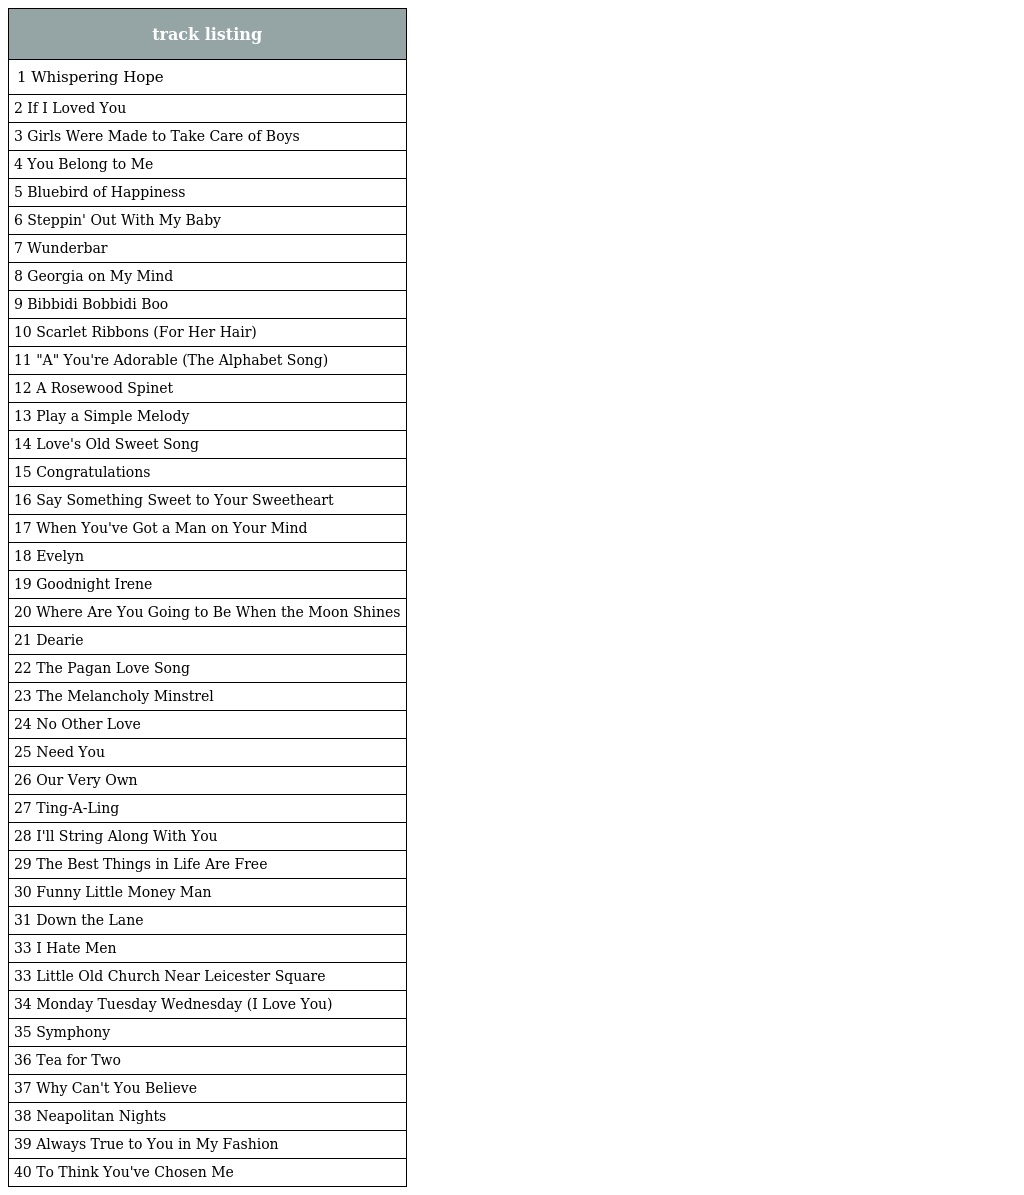
| track listing |
 | --- |
 | 1 Whispering Hope |
 | 2 If I Loved You |
 | 3 Girls Were Made to Take Care of Boys |
 | 4 You Belong to Me |
 | 5 Bluebird of Happiness |
 | 6 Steppin' Out With My Baby |
 | 7 Wunderbar |
 | 8 Georgia on My Mind |
 | 9 Bibbidi Bobbidi Boo |
 | 10 Scarlet Ribbons (For Her Hair) |
 | 11 "A" You're Adorable (The Alphabet Song) |
 | 12 A Rosewood Spinet |
 | 13 Play a Simple Melody |
 | 14 Love's Old Sweet Song |
 | 15 Congratulations |
 | 16 Say Something Sweet to Your Sweetheart |
 | 17 When You've Got a Man on Your Mind |
 | 18 Evelyn |
 | 19 Goodnight Irene |
 | 20 Where Are You Going to Be When the Moon Shines |
 | 21 Dearie |
 | 22 The Pagan Love Song |
 | 23 The Melancholy Minstrel |
 | 24 No Other Love |
 | 25 Need You |
 | 26 Our Very Own |
 | 27 Ting-A-Ling |
 | 28 I'll String Along With You |
 | 29 The Best Things in Life Are Free |
 | 30 Funny Little Money Man |
 | 31 Down the Lane |
 | 33 I Hate Men |
 | 33 Little Old Church Near Leicester Square |
 | 34 Monday Tuesday Wednesday (I Love You) |
 | 35 Symphony |
 | 36 Tea for Two |
 | 37 Why Can't You Believe |
 | 38 Neapolitan Nights |
 | 39 Always True to You in My Fashion |
 | 40 To Think You've Chosen Me |